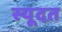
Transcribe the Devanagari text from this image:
स्यूदत